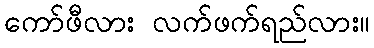
ကော်ဖီလား လက်ဖက်ရည်လား။